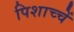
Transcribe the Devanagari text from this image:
पिशाच्चें